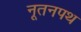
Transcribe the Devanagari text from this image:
नूतनपथ